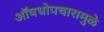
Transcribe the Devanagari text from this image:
ऑषधोपचारामुळे